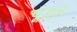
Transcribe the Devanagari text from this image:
चूड़ो